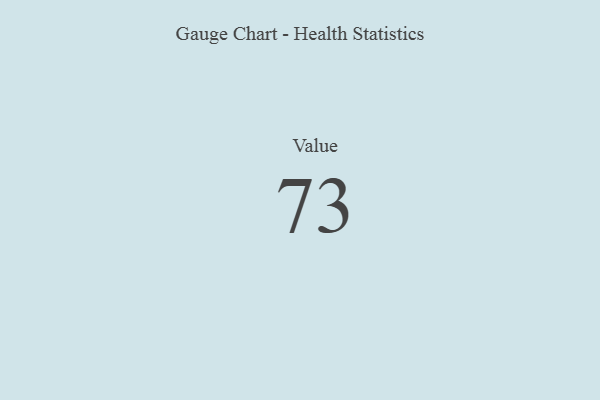
{"axis": {"x": "Metric", "y": "Value"}, "legend": [""], "data": [{"x": "Value", "y": 73, "type": ""}]}